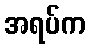
အရပ်က